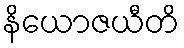
နိယောဇယီတိ